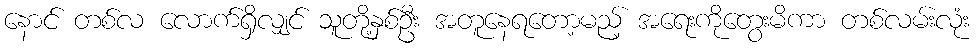
နောင် တစ်လ လောက်ရှိလျှင် သူတို့နှစ်ဦး အတူနေရတော့မည့် အရေးကိုတွေးမိကာ တစ်လမ်းလုံး